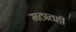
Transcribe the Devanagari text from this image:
मठातही